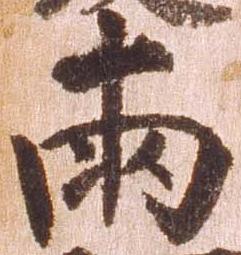
両